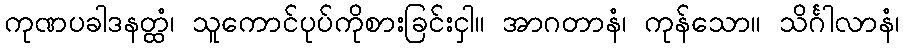
ကုဏပခါဒနတ္ထံ၊ သူကောင်ပုပ်ကိုစားခြင်းငှါ။ အာဂတာနံ၊ ကုန်သော။ သိင်္ဂါလာနံ၊